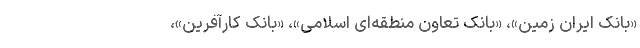
«بانک ایران زمین»، «بانک تعاون منطقه‌ای اسلامی»، «بانک کارآفرین»،